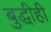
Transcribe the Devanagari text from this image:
बुद्धीही